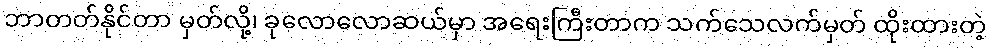
ဘာတတ်နိုင်တာ မှတ်လို့၊ ခုလောလောဆယ်မှာ အရေးကြီးတာက သက်သေလက်မှတ် ထိုးထားတဲ့